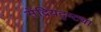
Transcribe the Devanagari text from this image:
सेंद्रियदृष्ट्या